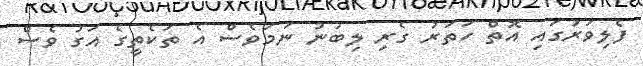
ފެލިވަރުގައި އޮތް ހަތަރު ގެރި ލިބުނު ނަމަވެސް އެ ތަކެތީގެ އަގު ވެސް